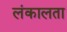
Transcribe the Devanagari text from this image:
लंकालता